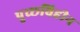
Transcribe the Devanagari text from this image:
पुच्छविहीन